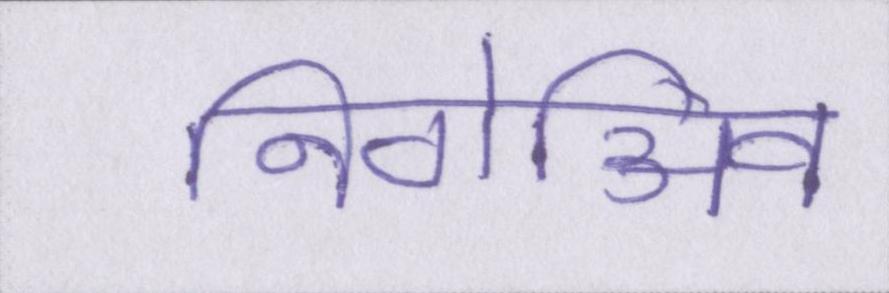
निगेअिव